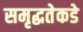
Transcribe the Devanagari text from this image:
समृद्धतेकडे